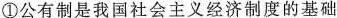
①公有制是我国社会主义经济制度的基础